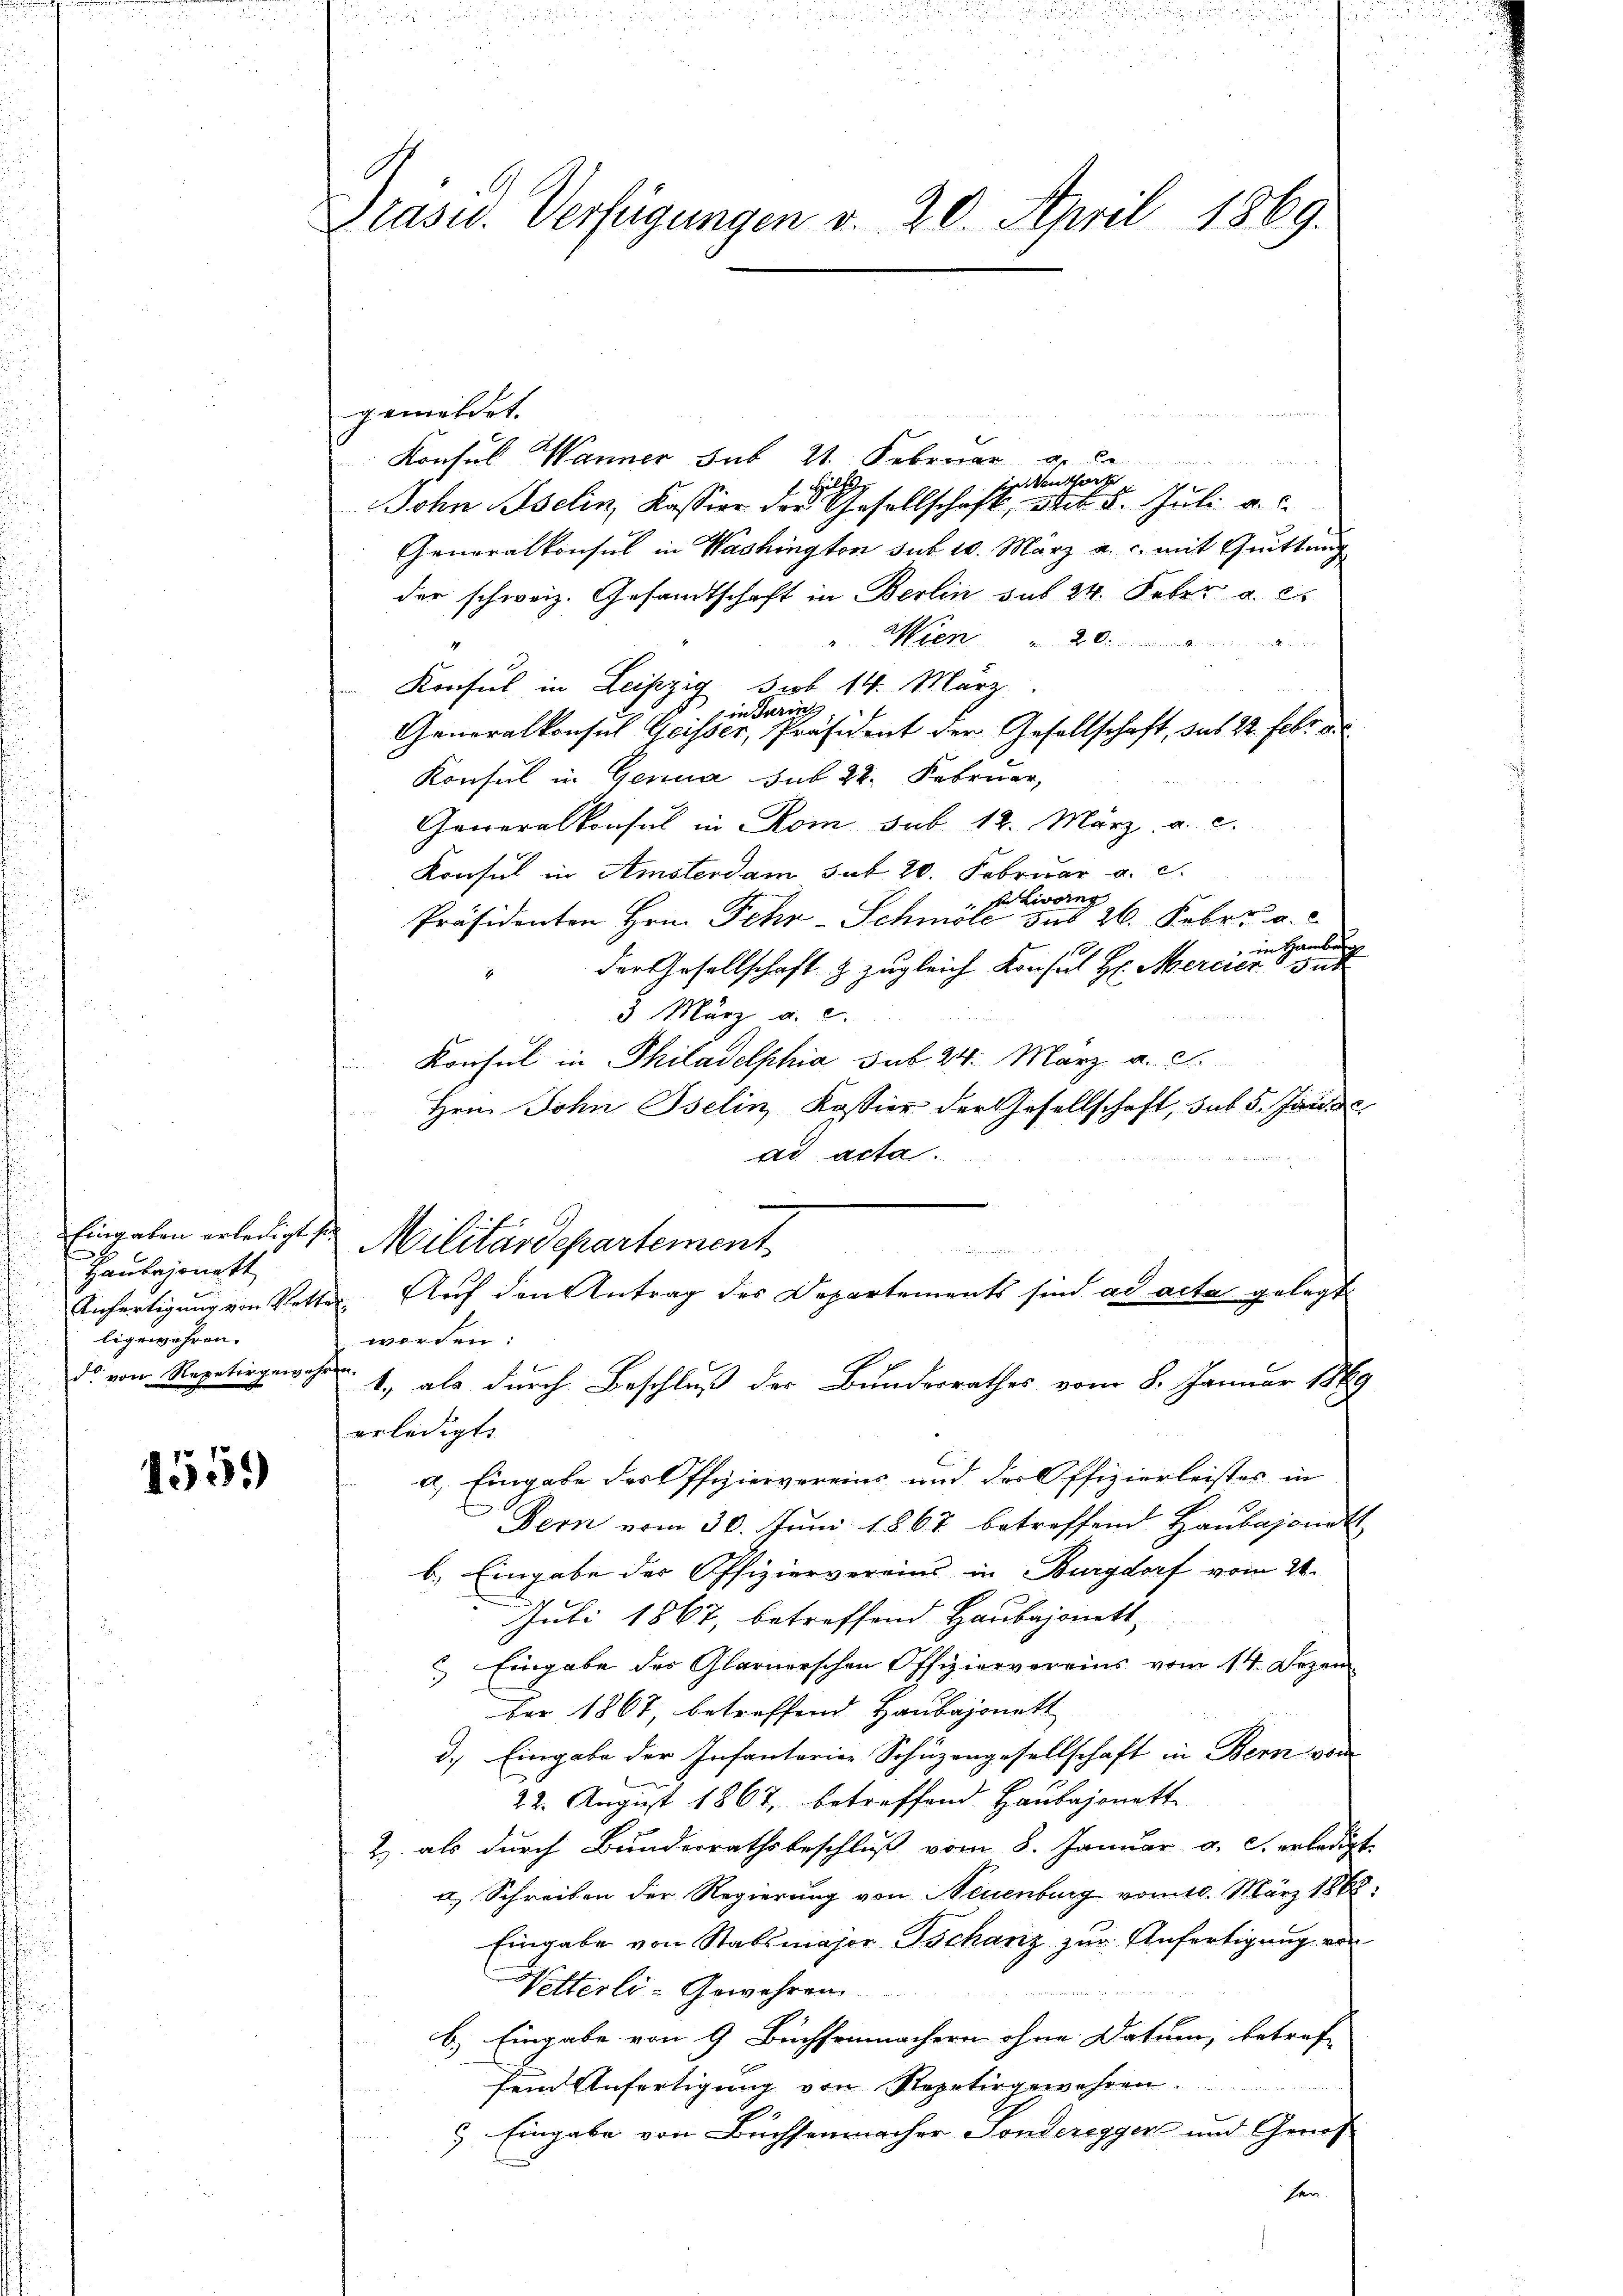
Eingaben erledigt sie
Haubejonett
Anfertigung von Retter
ligewehren.
d. von Repetirgewehren.

1559

Präsid. Verfügungen v. 20. April 1869.

gemeldet.
Konsul Wanner Sub 21. Februar
ti den hat
Hälts
John Aselin, Kassier der Gesellschaft, mit 5. Juli a.c.
Generalkonsul in Washington sub 1. März a. c. mit Quittung
der schweiz. Gesandtschaft in Berlin das 24. Feber a. es
u. Wien
Konsul in Leipzig sub 14. März
in Turins
Generalkonsul Geisser, Präsident der Gesellschaft, das 22. Febr.
Konsul in Genua sub 22. Februar,
Generalkonsul in Rom sub. 12. März a. c.
Konsul in Amsterdam sub 20. Februar a. c.
sn Livorng
Präsidenten Hrn. Fehr-Schmöle sub 26. Febr. a.
in Hamber
110
der Gesellschaft & zugleich Konsul H. Mercier gut
3 März a. c.
Konsul in Philadelphia sub 24. März a. c.
Hrn. John Bselin, Kassier der Gesellschaft, sub 5. Jan
ad acta.
.
Militärdepartement
 Auf den Antrag des Departements sind ad acta gelegt
werden:
1, als durch Beschluß der Bundesrathes vom 8. Januar 180
erledigt.
a. Eingabe der Offiziervereins und der Offizierleistes in
Bern vom 30. Juni 1867 betreffend Haubajond
b.) Eingabe der Offiziervereins in Burgdorf vom 21.
Juli 1867, betreffend Haubajonett,
 Eingabe des Glarnerschen Offiziervereins vom 14. Dezem
ber 1867, betreffend Haubajonett
d.) Eingabe der Infantarior Schüzengesellschaft in Bern von
22. August 1867, betreffend Haubajonett
2) als durch Bunderrathsbeschluß vom 8. Januar a. c. erledig
a. Schreiben der Regierung von Neuenburg vom 10. März 186
Eingabe von Stabsmajor Tschanz zur Anfertigung von
Vetterli-Gewehren
b) Eingabe von 9 Büchsenmachern ohne Datum, betref-
fein Anfertigung von Repotergewehren.
9. Eingabe von Büchsenmacher Sonderegger und Genos
hen.